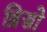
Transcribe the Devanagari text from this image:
ब्रिसो